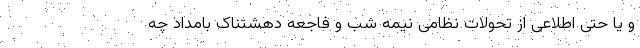
و یا حتی اطلاعی از تحولات نظامی نیمه شب و فاجعه دهشتناک بامداد چه